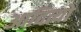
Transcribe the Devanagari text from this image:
आदित्यो